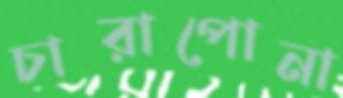
চারাপোনা